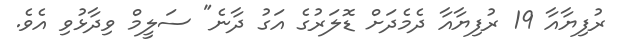
ރުފިޔާއާ 19 ރުފިޔާއާ ދެމެދަށް ޑޮލަރުގެ އަގު ދާނެ" ސަލީމް ވިދާޅުވި އެވެ.